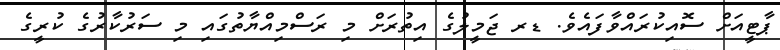
ޕާޓީއަށް ސޮއިކުރައްވާފައެވެ. ޑރ ޖަމީލުގެ އިތުރަށް މި ރަސްމިއްޔާތުގައި މި ސަރުކާރުގެ ކުރީގެ